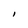
Character: I